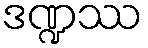
ဒဏ္ဍဿ